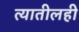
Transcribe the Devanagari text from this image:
त्यातीलही